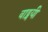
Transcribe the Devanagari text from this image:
वाड्मयी